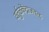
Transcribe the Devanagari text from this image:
वर्तुळकेंद्राजवळ